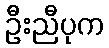
ဦးညီပုက